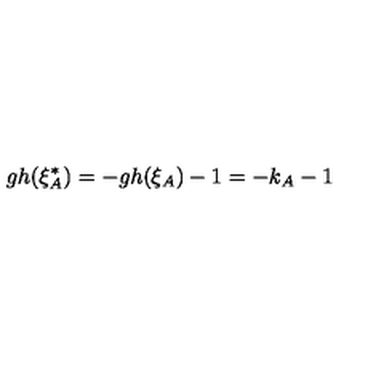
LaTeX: g h ( \xi _ { A } ^ { * } ) = - g h ( \xi _ { A } ) - 1 = - k _ { A } - 1